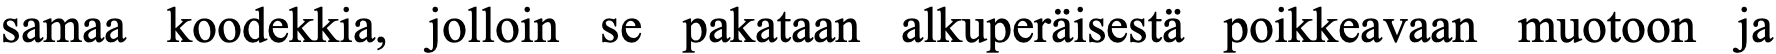
samaa koodekkia, jolloin se pakataan alkuperäisestä poikkeavaan muotoon ja